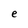
Character: e